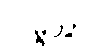
လမ္ဗိတွာ